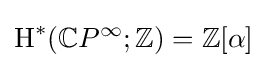
\operatorname {H} ^{*}(\mathbb {C} P^{\infty };\mathbb {Z} )=\mathbb {Z} [\alpha ]